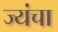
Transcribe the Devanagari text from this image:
ज्यंचा